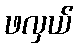
ဖလှယ်